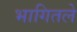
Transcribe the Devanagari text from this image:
भागितले